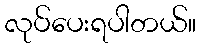
လုပ်ပေးရပါတယ်။